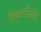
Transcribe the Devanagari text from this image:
विकारोऽपि